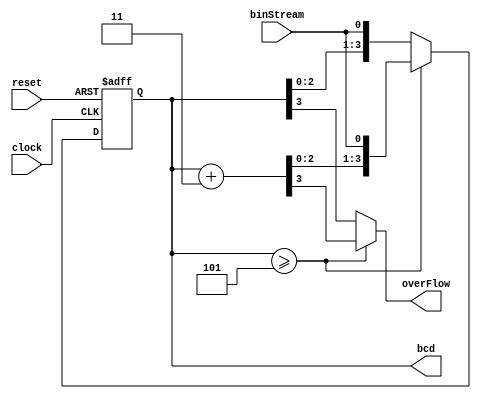
module bin2bcd(
	input clock,
	input reset,
	input  binStream, 
	output overFlow,
	output [3:0] bcd
	);
	reg [3:0] bcd_reg;
	wire [3:0] bcd_p3;
	 
	assign bcd  = bcd_reg;
	assign bcd_p3 = bcd_reg + 3;
	assign overFlow = (bcd_reg >= 5) ? bcd_p3[3] : bcd_reg[3];
	
	always@(posedge clock or posedge reset) begin
		if(reset) begin 
			bcd_reg <= 0; 
		end
		else begin
			if(bcd_reg >= 5)
				bcd_reg <= {bcd_p3[2:0],binStream};
			else
				bcd_reg <= {bcd_reg[2:0],binStream};
		end
	end
endmodule